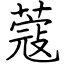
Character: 蔻